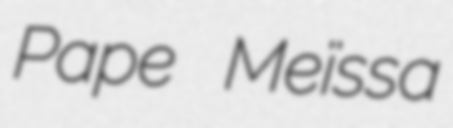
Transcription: Pape Meïssa